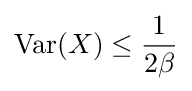
{\text{Var}}(X)\leq {\frac {1}{2\beta }}